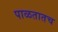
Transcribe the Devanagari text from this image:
पाळतातच